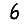
Digit: 6